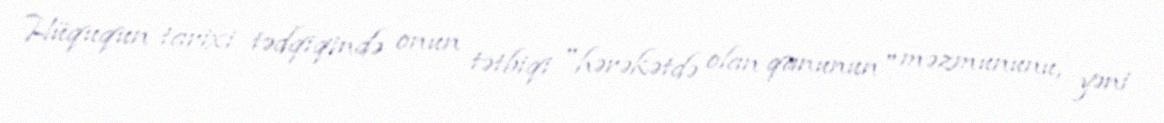
Hüququn tarixi tədqiqində onun tətbiqi "hərəkətdə olan qanunun" məzmununu, yəni